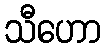
သီဟော